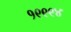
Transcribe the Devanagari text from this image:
१९९९४